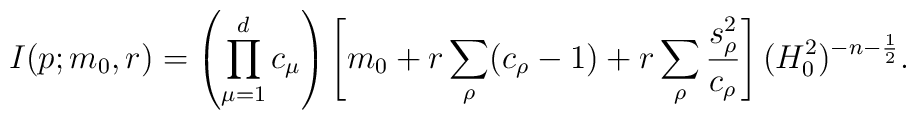
I(p;m_0,r)=\left(\prod_{\mu=1}^{d}c_\mu \right)\left[m_0+r\sum_\rho (c_\rho -1) +r\sum_\rho \frac{s_\rho^2}{c_\rho} \right](H_0^2)^{-n-\frac{1}{2}} .